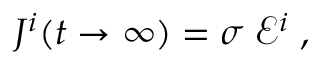
J ^ { i } ( t \to \infty ) = \sigma \; \mathcal { E } ^ { i } \; ,